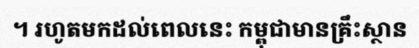
។ រហូតមកដល់ពេលនេះ កម្ពុជាមានគ្រឹះស្ថាន